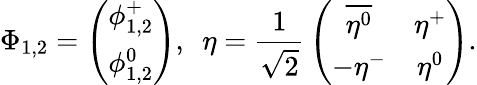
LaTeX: \Phi_{1,2}=\left(\begin{array}{c}{{\phi_{1,2}^{+}}}\\ {{\phi_{1,2}^{0}}}\end{array}\right),~~\eta={\frac{1}{\sqrt 2}}\left(\begin{array}{cc}{{\overline{{{\eta^{0}}}}}}&{{\eta^{+}}}\\ {{-\eta^{-}}}&{{\eta^{0}}}\end{array}\right).